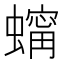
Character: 𧑶